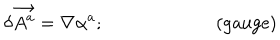
\delta \vec { A ^ { a } } = \nabla \alpha ^ { a } ; \qquad \qquad \qquad \mathrm { ( g a u g e ) }